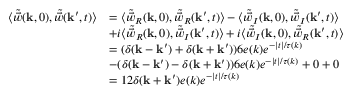
\begin{array} { r l } { \langle \tilde { \vec { w } } ( \mathbf { k } , 0 ) , \tilde { \vec { w } } ( \mathbf { k } ^ { \prime } , t ) \rangle } & { = \langle \tilde { \vec { w } } _ { R } ( \mathbf { k } , 0 ) , \tilde { \vec { w } } _ { R } ( \mathbf { k } ^ { \prime } , t ) \rangle - \langle \tilde { \vec { w } } _ { I } ( \mathbf { k } , 0 ) , \tilde { \vec { w } } _ { I } ( \mathbf { k } ^ { \prime } , t ) \rangle } \\ & { + i \langle \tilde { \vec { w } } _ { R } ( \mathbf { k } , 0 ) , \tilde { \vec { w } } _ { I } ( \mathbf { k } ^ { \prime } , t ) \rangle + i \langle \tilde { \vec { w } } _ { I } ( \mathbf { k } , 0 ) , \tilde { \vec { w } } _ { R } ( \mathbf { k } ^ { \prime } , t ) \rangle } \\ & { = ( \delta ( \mathbf { k } - \mathbf { k } ^ { \prime } ) + \delta ( \mathbf { k } + \mathbf { k } ^ { \prime } ) ) 6 e ( k ) e ^ { - | t | / \tau ( k ) } } \\ & { - ( \delta ( \mathbf { k } - \mathbf { k } ^ { \prime } ) - \delta ( \mathbf { k } + \mathbf { k } ^ { \prime } ) ) 6 e ( k ) e ^ { - | t | / \tau ( k ) } + 0 + 0 } \\ & { = 1 2 \delta ( \mathbf { k } + \mathbf { k } ^ { \prime } ) e ( k ) e ^ { - | t | / \tau ( k ) } } \end{array}